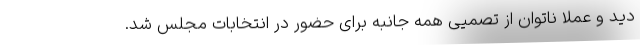
دید و عملا ناتوان از تصمیی همه جانبه برای حضور در انتخابات مجلس شد.